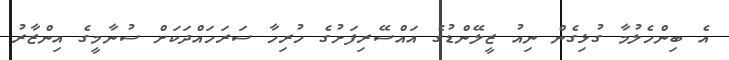
އެ ބިންހެލުމާ ގުޅިގެން ނިއު ޒީލޭންޑުގެ އައްސޭރިފަށުގެ ހުރިހާ ސަރަހައްދަކަށް ސުނާމީގެ އިންޒާރު